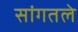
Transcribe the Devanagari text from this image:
सांगतले